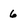
Character: 6